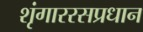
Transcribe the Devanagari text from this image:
शृंगाररसप्रधान